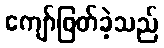
ကျော်ဖြတ်ခဲ့သည်